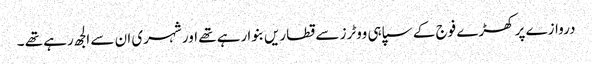
دروازے پر کھڑے فوج کے سپاہی ووٹرز سے قطاریں بنوا رہے تھے اور شہری ان سے الجھ رہے تھے ۔